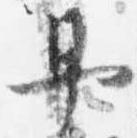
早